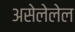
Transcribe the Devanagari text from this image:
असेलेलेल